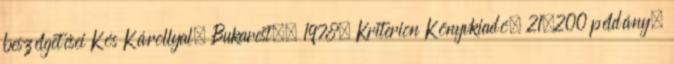
beszélgetései Kós Károllyal. Bukarest., 1978, Kriterion Könyvkiadó, 21.200 példány.